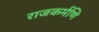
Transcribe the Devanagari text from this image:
राजकर्मणि